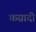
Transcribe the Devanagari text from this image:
फ़सादी